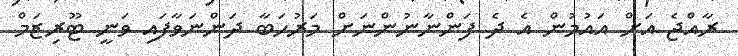
ރާއްޖެ އަށް އައުމުން އެ ދެ ފަންނާނުންނަށް މަރުހަބާ ދަންނަވާފައި ވަނީ ޓޫރިޒަމް